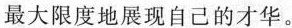
最大限度地展现自己的才华。